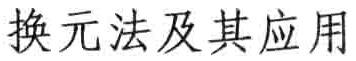
换元法及其应用